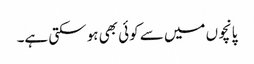
پانچوں میں سے کوئی بھی ہو سکتی ہے۔